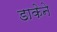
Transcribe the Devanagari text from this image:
डाकेने